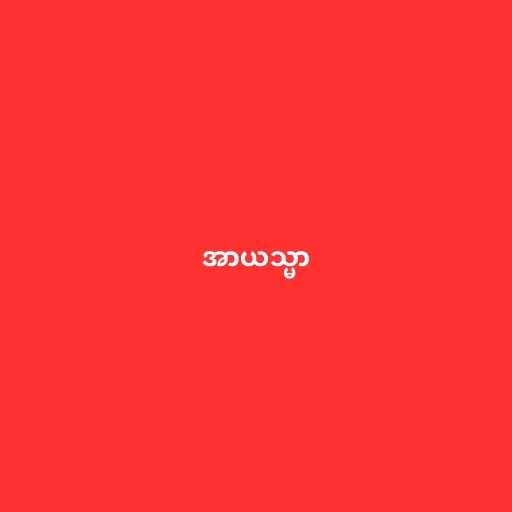
အာယသ္မာ